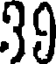
39